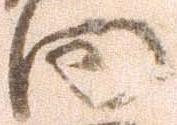
向